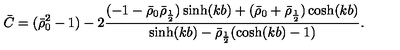
\bar { C } = ( \bar { \rho } _ { 0 } ^ { 2 } - 1 ) - 2 \frac { ( - 1 - \bar { \rho } _ { 0 } \bar { \rho } _ { \frac 1 2 } ) \sinh ( k b ) + ( \bar { \rho } _ { 0 } + \bar { \rho } _ { \frac 1 2 } ) \cosh ( k b ) } { \sinh ( k b ) - \bar { \rho } _ { \frac 1 2 } ( \cosh ( k b ) - 1 ) } .